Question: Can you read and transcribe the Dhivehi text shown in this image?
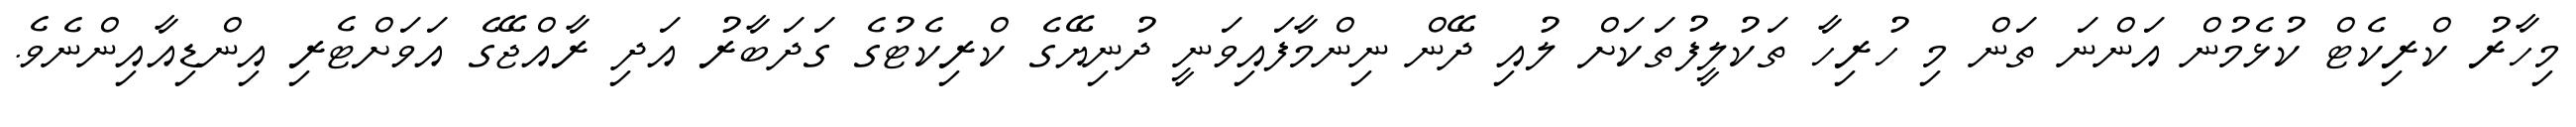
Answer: މިހާރު ކްރިކެޓް ކުޅެމުން އަންނަ ތަން މި ހުރިހާ ތަކުލީފުތަކަށް ލުއި ދޭން ނިންމާފައިވަނީ ދުނިޔޭގެ ކްރިކެޓުގެ ގަދަބާރު އަދި ރާއްޖޭގެ އަވަށްޓެރި އިންޑިއާއިންނެވެ.